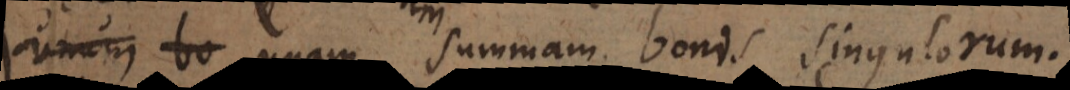
n unam summam bonis singulorum.